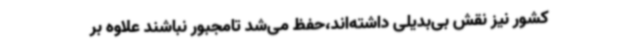
کشور نیز نقش بی‌بدیلی داشته‌اند،حفظ می‌شد تامجبور نباشند علاوه بر